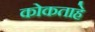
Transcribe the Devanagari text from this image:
कोकताहे